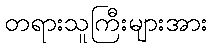
တရားသူကြီးများအား